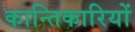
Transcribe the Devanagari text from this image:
कान्तिकारियों